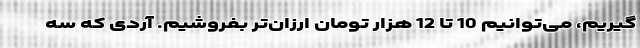
گیریم، می‌توانیم 10 تا 12 هزار تومان ارزان‌تر بفروشیم. آردی که سه